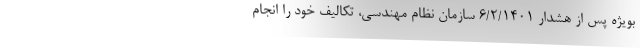
بویژه پس از هشدار ۶/۲/۱۴۰۱ سازمان نظام مهندسی، تکالیف خود را انجام